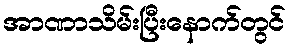
အာဏာသိမ်းပြီးနောက်တွင်